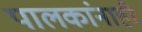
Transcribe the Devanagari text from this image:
पालकांनाही